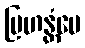
ဗြဟန္တံပေ